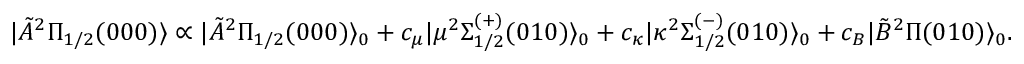
| \tilde { A } ^ { 2 } \Pi _ { 1 / 2 } ( 0 0 0 ) \rangle \propto | \tilde { A } ^ { 2 } \Pi _ { 1 / 2 } ( 0 0 0 ) \rangle _ { 0 } + c _ { \mu } | \mu ^ { 2 } \Sigma _ { 1 / 2 } ^ { ( + ) } ( 0 1 0 ) \rangle _ { 0 } + c _ { \kappa } | \kappa ^ { 2 } \Sigma _ { 1 / 2 } ^ { ( - ) } ( 0 1 0 ) \rangle _ { 0 } + c _ { B } | \tilde { B } ^ { 2 } \Pi ( 0 1 0 ) \rangle _ { 0 } .